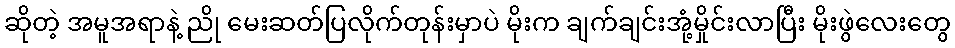
ဆိုတဲ့ အမူအရာနဲ့ ညို မေးဆတ်ပြလိုက်တုန်းမှာပဲ မိုးက ချက်ချင်းအုံ့မှိုင်းလာပြီး မိုးဖွဲလေးတွေ